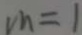
v h = 1